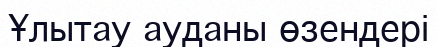
Ұлытау ауданы өзендері